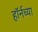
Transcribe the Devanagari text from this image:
हाॅर्नच्या